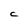
Character: C